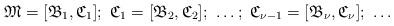
LaTeX: \begin{align*}\mathfrak{M} = [\mathfrak{B}_{1}, \mathfrak{C}_{1}];\ \mathfrak{C}_{1} = [\mathfrak{B}_{2}, \mathfrak{C}_{2}];\ \dots ;\ \mathfrak{C}_{\nu - 1} = [\mathfrak{B}_{\nu}, \mathfrak{C}_{\nu}];\ \dots \end{align*}